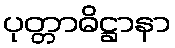
ပုတ္တာဓိဋ္ဌာနာ